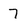
Character: 7